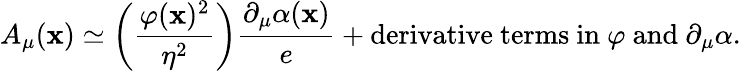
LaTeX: A_{\mu}(\mathbf{x})\simeq\left({\frac{{\varphi(\mathbf{x})^{2}}}{{\eta^{2}}}}\right){\frac{{\partial_{\mu}\alpha(\mathbf{x})}}{{e}}}+\mathrm{{derivative\ terms\ in\ }}\varphi\mathrm{{\ and\ }}\partial_{\mu}\alpha.